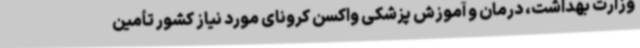
وزارت بهداشت، درمان و آموزش پزشکی واکسن کرونای مورد نیاز کشور تأمین